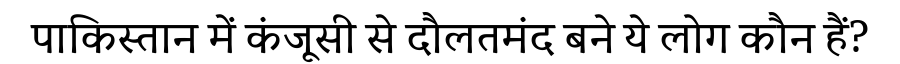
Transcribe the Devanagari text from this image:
पाकिस्तान में कंजूसी से दौलतमंद बने ये लोग कौन हैं?